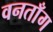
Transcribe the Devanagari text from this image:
वनताँग